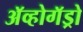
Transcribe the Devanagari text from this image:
अॅव्होगॅड्रो